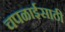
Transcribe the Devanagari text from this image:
चपळाईसाठी